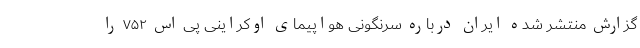
گزارش منتشر شده ایران درباره سرنگونی هواپیمای اوکراینی پی اس ۷۵۲ را